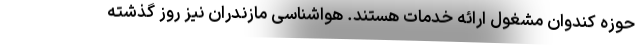
حوزه کندوان مشغول ارائه خدمات هستند. هواشناسی مازندران نیز روز گذشته